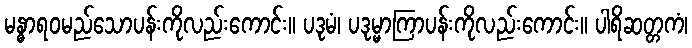
မန္ဓာရဝမည်သောပန်းကိုလည်းကောင်း။ ပဒုမံ၊ ပဒုမ္မာကြာပန်းကိုလည်းကောင်း။ ပါရိဆတ္တကံ၊